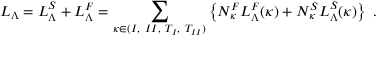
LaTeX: { \cal L } _ { \Lambda } = { \cal L } _ { \Lambda } ^ { S } + { \cal L } _ { \Lambda } ^ { F } = \sum _ { \kappa \in { ( I , ~ I I , ~ T _ { I } , ~ T _ { I I } ) } } \left\{ N _ { \kappa } ^ { F } { \cal L } _ { \Lambda } ^ { F } ( \kappa ) + N _ { \kappa } ^ { S } { \cal L } _ { \Lambda } ^ { S } ( \kappa ) \right\} ~ .